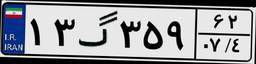
۱۳گ۳۵۹۶۲